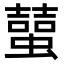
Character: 𧑭